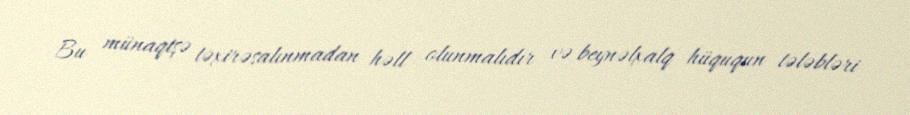
Bu münaqişə təxirəsalınmadan həll olunmalıdır və beynəlxalq hüququn tələbləri